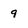
Character: 9